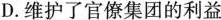
D.维护了官僚集团的利益